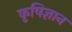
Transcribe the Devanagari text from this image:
कृषिज्ञान